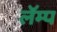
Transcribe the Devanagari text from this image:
लॅम्प